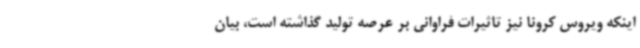
اینکه ویروس کرونا نیز تاثیرات فراوانی بر عرصه تولید گذاشته است، بیان